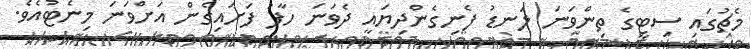
މެޗުގައި ސިޓީގެ ތިންވަނަ ލަނޑު ފެނިގެންދިޔައީ ދެވަނަ ހާފު ފަށައިގެން އަށްވަނަ މިނެޓުއެވެ.